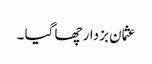
عثمان بزدار چھا گیا ۔